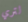
لتري